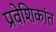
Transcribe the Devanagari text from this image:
प्रवेशिकांत